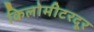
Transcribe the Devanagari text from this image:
किलोमीटरदूर